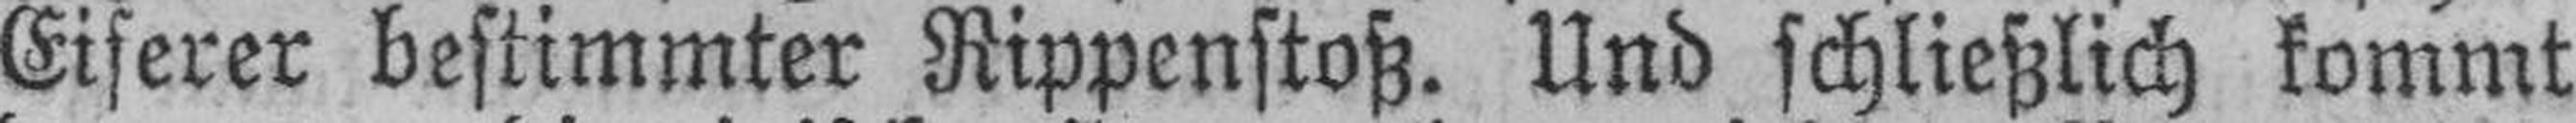
Eiferer bestimmter Rippenstoß. Und schließlich kommt